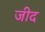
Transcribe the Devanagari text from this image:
जीद